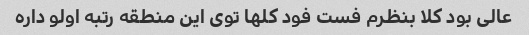
عالی بود کلا بنظرم فست فود کلها توی این منطقه رتبه اولو داره